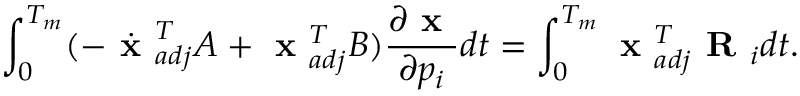
\int _ { 0 } ^ { T _ { m } } ( - \dot { \textbf { x } } _ { a d j } ^ { T } A + \textbf { x } _ { a d j } ^ { T } B ) \frac { \partial \textbf { x } } { \partial p _ { i } } d t = \int _ { 0 } ^ { T _ { m } } \textbf { x } _ { a d j } ^ { T } \textbf { R } _ { i } d t .